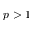
p > 1